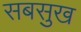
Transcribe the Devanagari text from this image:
सबसुख